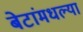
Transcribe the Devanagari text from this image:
बेटांमधल्या